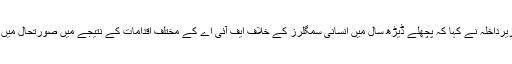
اجلاس سے خطاب کرتے ہوئے وزیرداخلہ نے کہا کہ پچھلے ڈیڑھ سال میں انسانی سمگلرز کے خلاف ایف آئی اے کے مختلف اقدامات کے نتیجے میں صورتحال میں بہتری آئی ہے مگر یہ ناکافی ہے۔